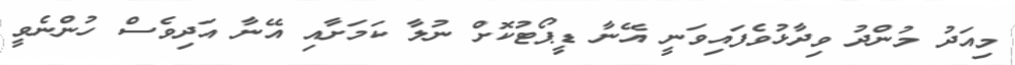
މިއަދު މުންދު ވިދާޅުވެފައިވަނީ އޭނާ ޑީޕޯޓުކޮށް ނުލާ ކަމަށާއި އޭނާ އަދިވެސް ހުންނެވީ